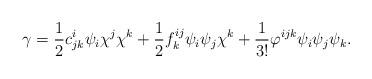
LaTeX: \begin{align*}\gamma = \frac{1}{2}c^i_{jk}\psi_i\chi^j\chi^k + \frac{1}{2}f^{ij}_k\psi_i\psi_j\chi^k + \frac{1}{3!} \varphi^{ijk}\psi_i\psi_j\psi_k.\end{align*}